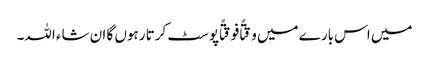
میں اس بارے میں وقتًا فوقتًا پوسٹ کرتا رہوں گا ان شاء اللہ۔